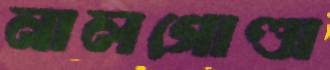
নালগোণ্ডা